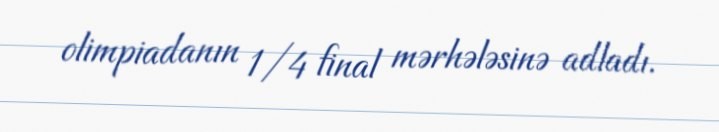
olimpiadanın 1/4 final mərhələsinə adladı.